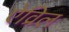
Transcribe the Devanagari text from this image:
ऐव्रिल